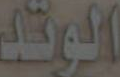
الوتد